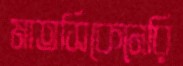
মাতসিকেনেরি